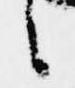
言